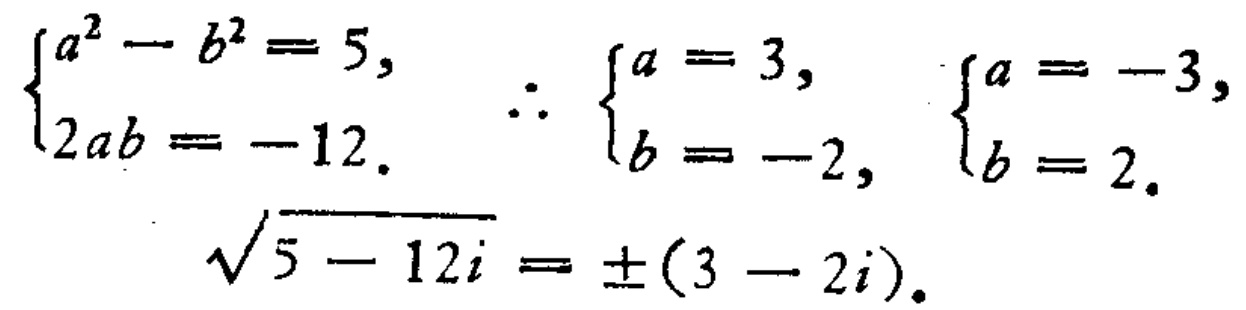
$\begin{cases}

a^{2}-b^{2}=5,\\

2ab = - 12.

\end{cases}$ $\therefore$ $\begin{cases}

a = 3,\\

b=-2,

\end{cases}$ $\begin{cases}

a=-3,\\

b = 2.

\end{cases}$

$\sqrt{5 - 12i}=\pm(3 - 2i).$